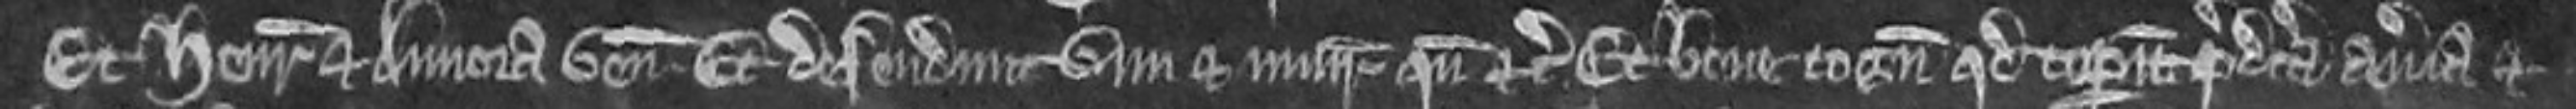
Et Henricus et Annora veniunt. Et defendunt vim et injuriam quando etc. Et bene cognoscunt quod ceperunt predicta averia et